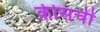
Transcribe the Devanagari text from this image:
क्रीसची